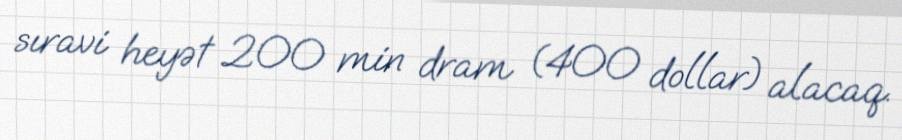
sıravi heyət 200 min dram (400 dollar) alacaq.